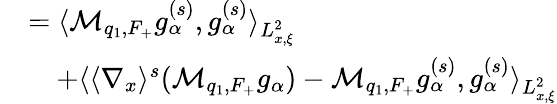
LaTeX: \begin{array}{rl}&{=\langle\mathcal M_{q_{1},F_{+}}g_{\alpha}^{(s)},g_{\alpha}^{(s)}\rangle_{L_{x,\xi}^{2}}}\\ &{\quad+\langle\langle\nabla_{x}\rangle^{s}(\mathcal M_{q_{1},F_{+}}g_{\alpha})-\mathcal M_{q_{1},F_{+}}g_{\alpha}^{(s)},g_{\alpha}^{(s)}\rangle_{L_{x,\xi}^{2}}}\end{array}